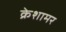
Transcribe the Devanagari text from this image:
क्रेशामर